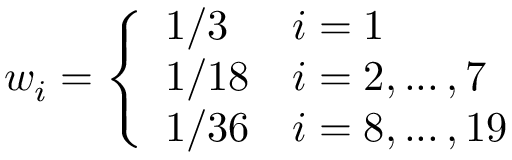
w _ { i } = \left\{ \begin{array} { l l } { 1 / 3 } & { i = 1 } \\ { 1 / 1 8 } & { i = 2 , . . . \, , 7 } \\ { 1 / 3 6 } & { i = 8 , . . . \, , 1 9 } \end{array} \right.